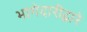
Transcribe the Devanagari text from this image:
भागेदारीद्वारे